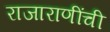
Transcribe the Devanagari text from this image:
राजाराणींची